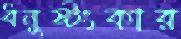
ধনুষ্টংকার